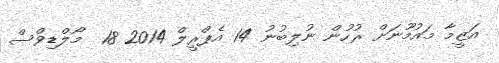
އަޒީމާ މައުމޫނަށް ރުހުން ނުލިބުނު 14 އެޕްރީލް 2014 18  މޯލްޑިވްސް